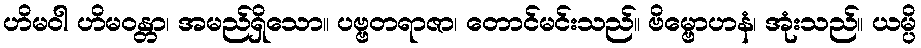
ဟိမဝါ ဟိမဝန္တာ၊ အမည်ရှိသော။ ပဗ္ဗတရာဇာ၊ တောင်မင်းသည်။ ဗိမ္ဗောဟနံ၊ အုံးသည်။ ယမ္ပိ